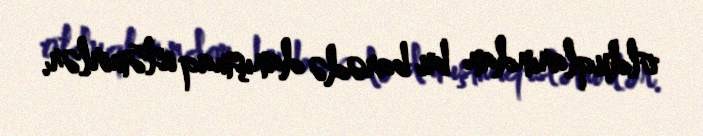
olduqlarından bu barədə danışmaq istəmirlər.